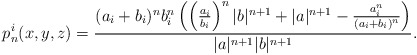
\begin{align*}p^i_{n}(x,y,z)= \frac{(a_i+b_i)^n b_i^n \left(\left(\frac{a_i}{b_i} \right)^n |b|^{n+1}+|a|^{n+1}-\frac{a_i^n}{(a_i+b_i)^n}\right)}{|a|^{n+1}|b|^{n+1}}.\end{align*}